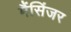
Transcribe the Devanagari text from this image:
मैंसिंजर